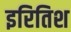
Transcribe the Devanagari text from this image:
इरितिश